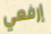
إرفعي